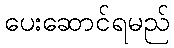
ပေးဆောင်ရမည်